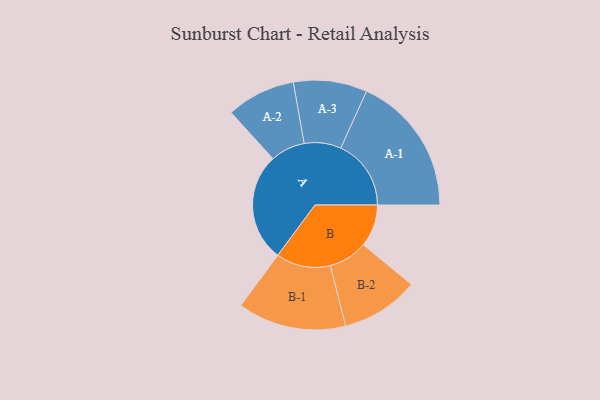
{"axis": {"x": "Segment", "y": "Value"}, "legend": ["", "A", "B"], "data": [{"x": "A", "y": 421, "type": ""}, {"x": "B", "y": 164, "type": ""}, {"x": "A-1", "y": 273, "type": "A"}, {"x": "A-2", "y": 134, "type": "A"}, {"x": "A-3", "y": 143, "type": "A"}, {"x": "B-1", "y": 211, "type": "B"}, {"x": "B-2", "y": 151, "type": "B"}]}